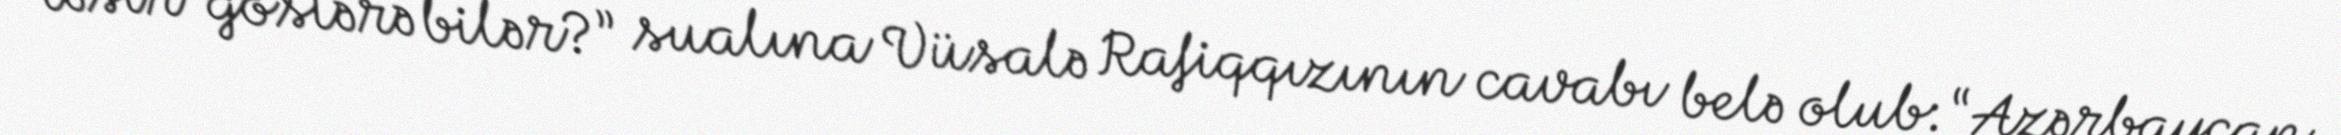
təsir göstərə bilər?” sualına Vüsalə Rafiqqızının cavabı belə olub: “Azərbaycan